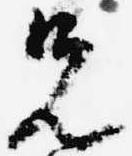
先